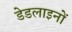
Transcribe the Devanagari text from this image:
डेडलाइनों